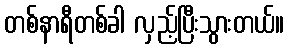
တစ်နာရီတစ်ခါ လှည့်ပြီးသွားတယ်။